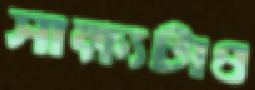
সাক্ষ্যটাও